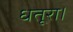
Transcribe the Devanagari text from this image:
धतूरा।